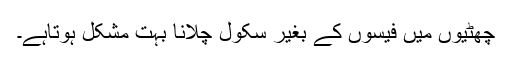
چھٹیوں میں فیسوں کے بغیر سکول چلانا بہت مشکل ہوتاہے۔